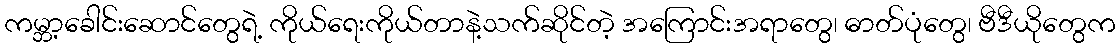
ကမ္ဘာ့ခေါင်းဆောင်တွေရဲ့ ကိုယ်ရေးကိုယ်တာနဲ့သက်ဆိုင်တဲ့ အကြောင်းအရာတွေ၊ ဓာတ်ပုံတွေ၊ ဗီဒီယိုတွေက